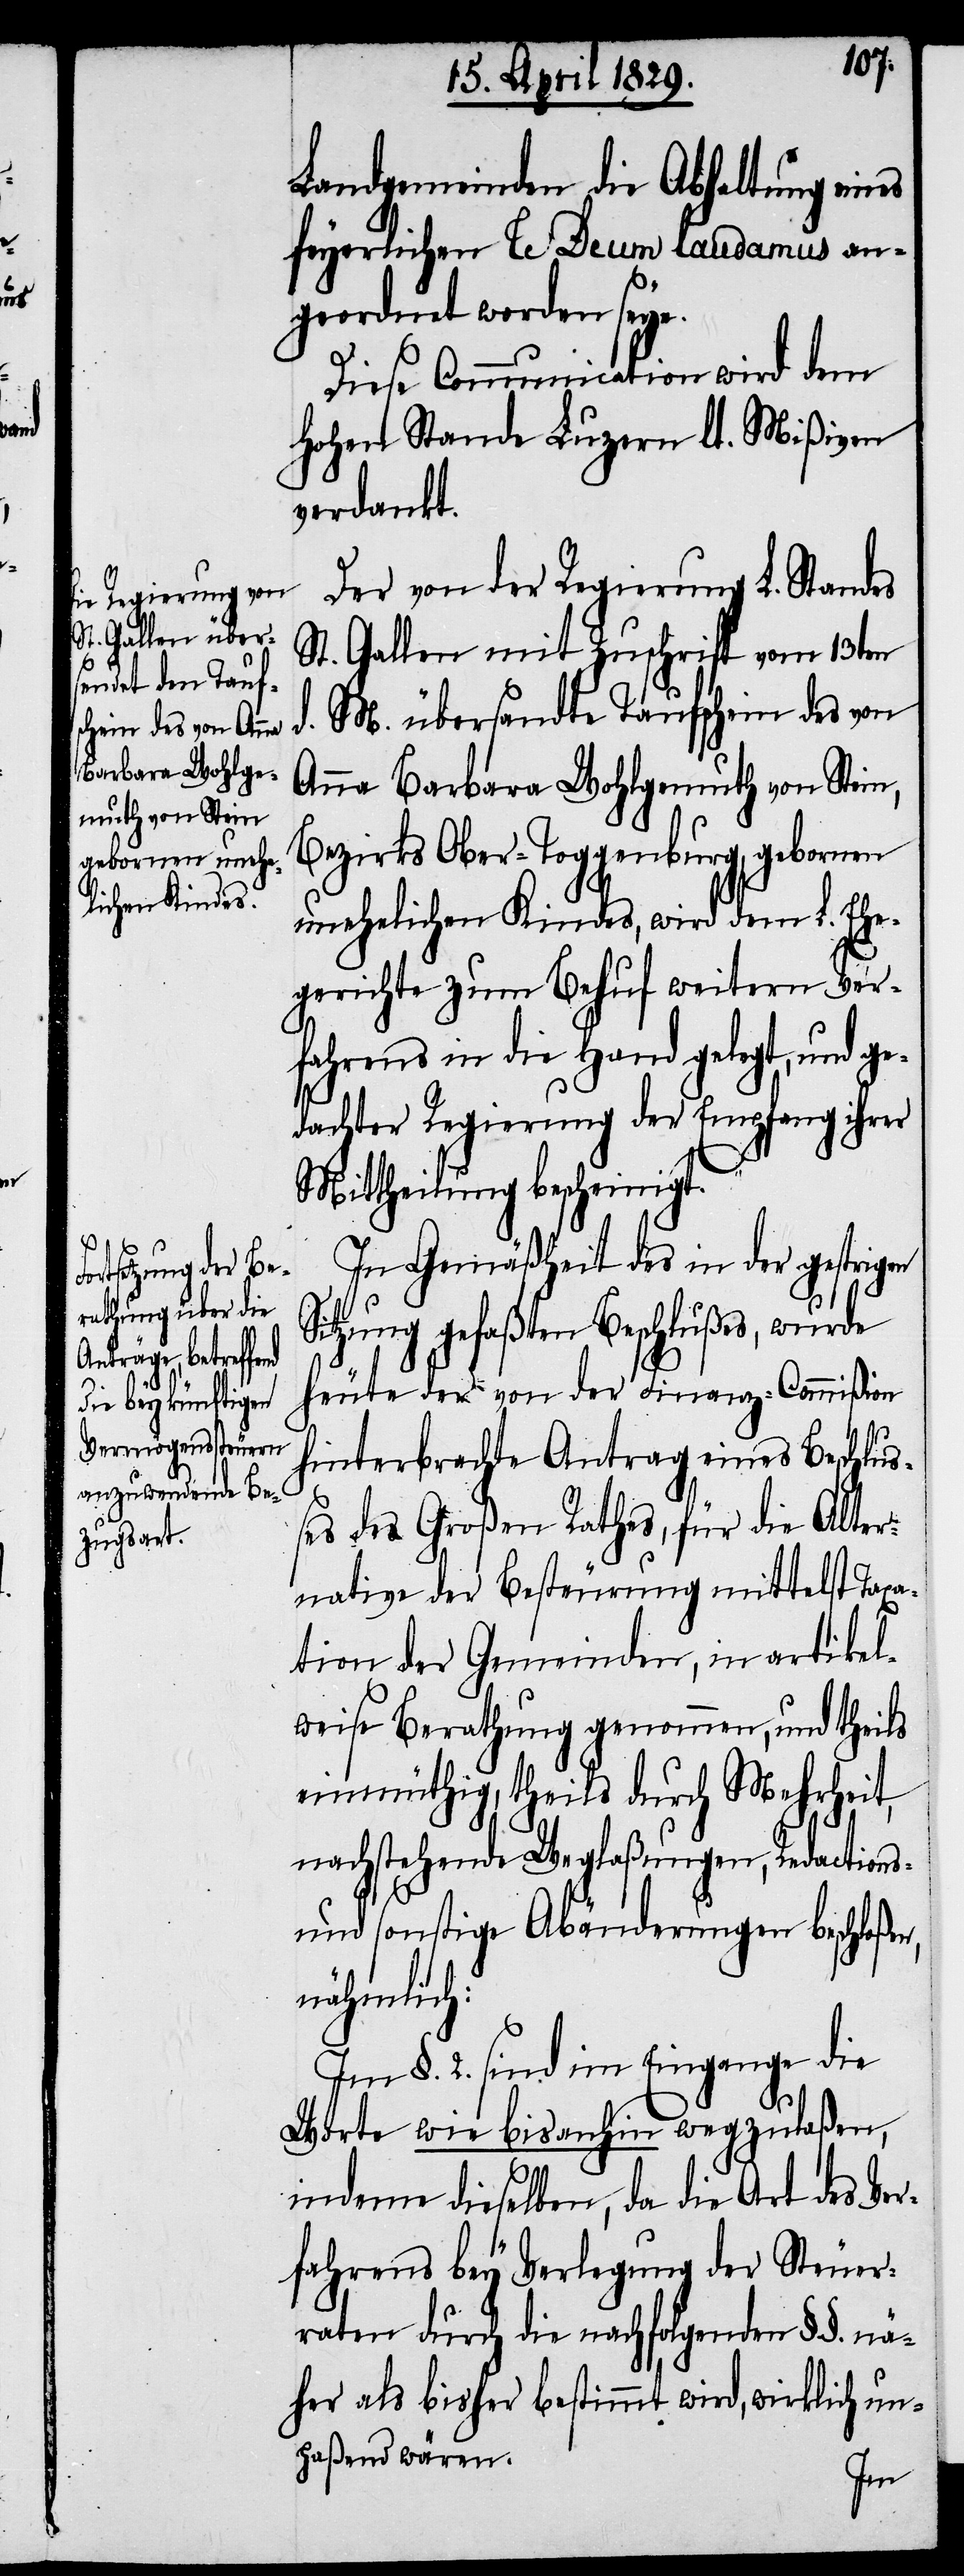
ge¬

Landgemeinden die Abhaltung eines
feyerlichen Te Deum laudamus an¬
geordnet worden seye.
Diese Communication wird dem
Hohen Stande Luzern lt. Mißiven
verdankt.
Der von der Regierung L. Standes
St. Gallen mit Zuschrift vom 13ten
M. übersandte Taufschein des von
Anna Barbara Wohlgemuth von Stein,
Bezirks Ober-Toggenburg, gebornen
unehelichen Kindes, wird dem L. Ehe¬
gerichte zum Behuf weitern Ver¬
fahrens in die Hand gelegt, und
dachter Regierung der Empfang ihrer
Mittheilung bescheinigt.
In Gemäßheit des in der gestri¬
Sitzung gefaßten Beschlußes, wurde
heute der von der Finanz-Commißion
hinterbrachte Antrag eines Beschlu¬
ßes des Großen Rathes, für die Alter¬
native der Besteurung mittelst Taxa¬
tion der Gemeinden, in artikel¬
weise Berathung genommen, und theils
einmüthig, theils durch Mehrheit,
nachstehende Weglaßungen, Redactions-
und sonstige Abänderungen beschloßen,
nähmlich:
Im §. 2. sind im Eingange die
Worte wie bisanhin wegzulaßen,
indeme dieselben, da die Art des Ver¬
fahrens bey Verlegung der Steuer¬
raten durch die nachfolgenden §§. nä¬
her als bisher bestimmt wird, wirklich un¬
paßend wären.
gen